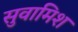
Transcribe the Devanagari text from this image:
सुवामिश